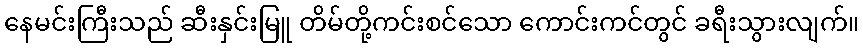
နေမင်းကြီးသည် ဆီးနှင်းမြူ တိမ်တို့ကင်းစင်သော ကောင်းကင်တွင် ခရီးသွားလျက်။